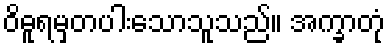
ဝိဓူရမှတပါးသောသူသည်။ အက္ခာတုံ